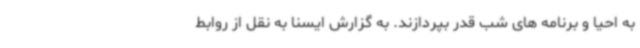
به احیا و برنامه های شب قدر بپردازند. به گزارش ایسنا به نقل از روابط